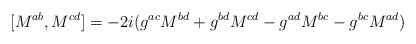
\begin{align*}[M^{ab},M^{cd}]=-2i (g^{ac}M^{bd}+g^{bd}M^{cd}-g^{ad}M^{bc}-g^{bc}M^{ad})\end{align*}